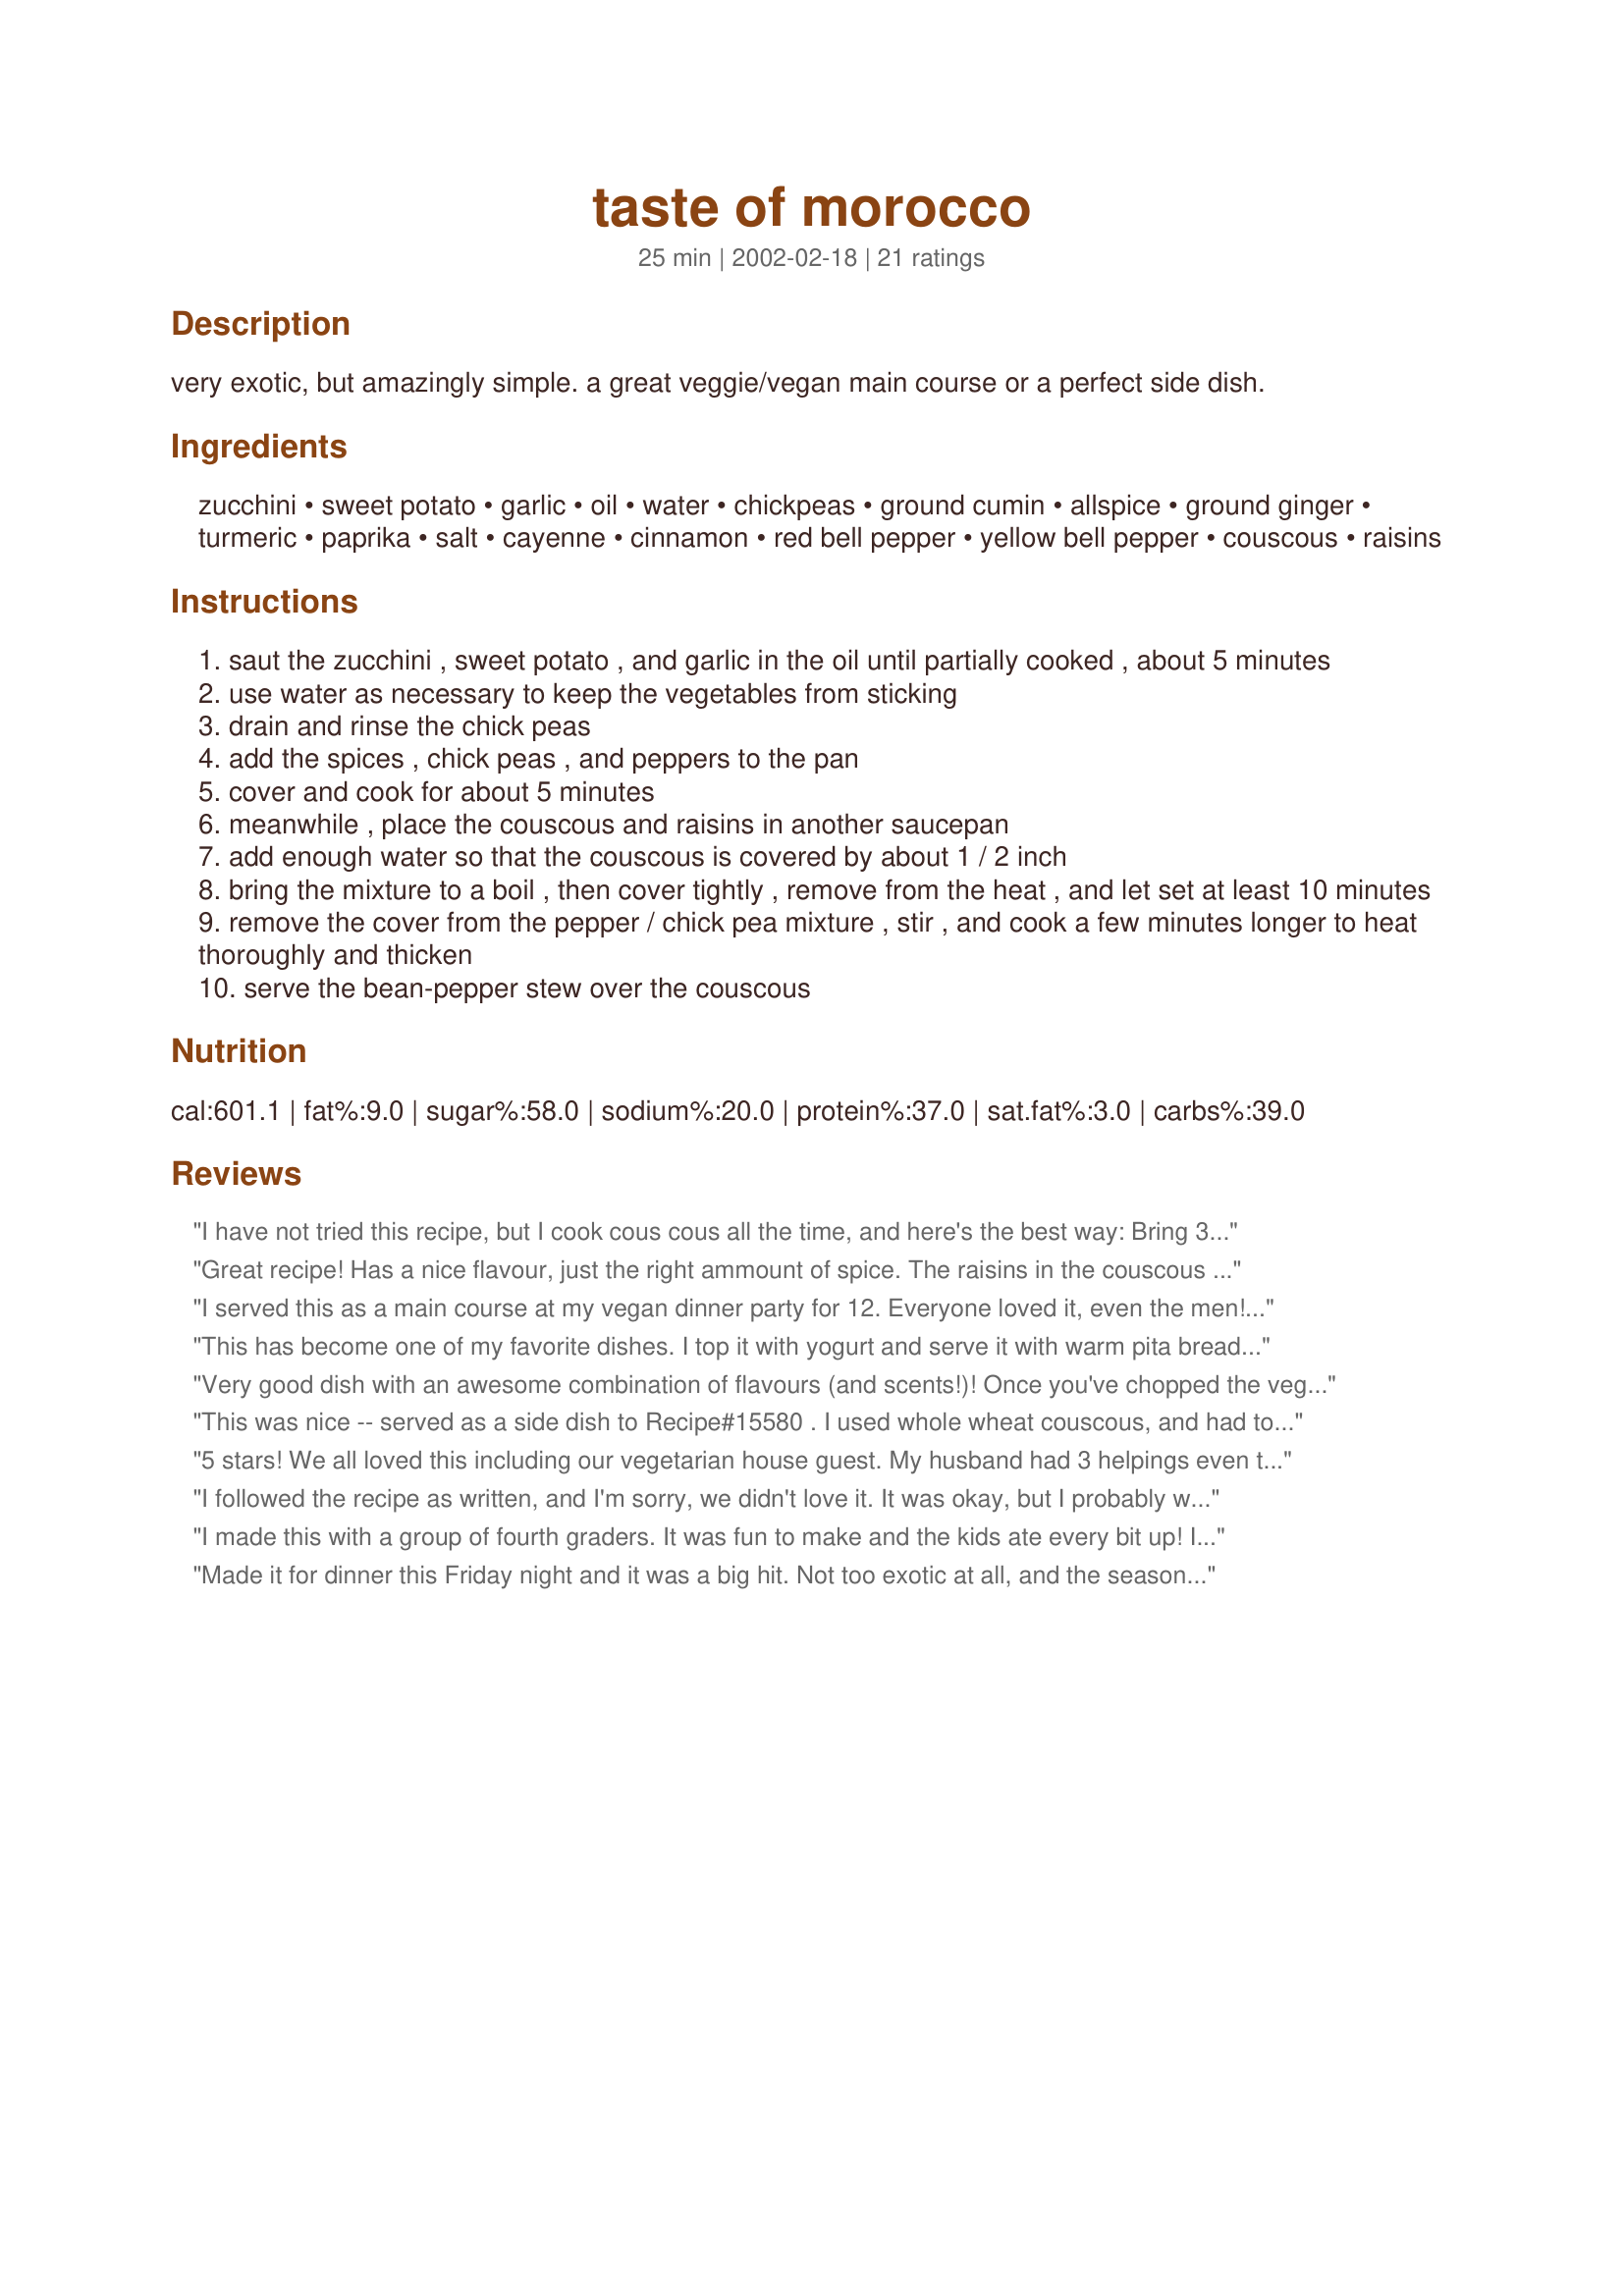
taste of morocco
Preparation time: 25 minutes

very exotic, but amazingly simple. a great veggie/vegan main course or a perfect side dish.

Ingredients:
zucchini, sweet potato, garlic, oil, water, chickpeas, ground cumin, allspice, ground ginger, turmeric, paprika, salt, cayenne, cinnamon, red bell pepper, yellow bell pepper, couscous, raisins

Steps:
saut the zucchini , sweet potato , and garlic in the oil until partially cooked , about 5 minutes
use water as necessary to keep the vegetables from sticking
drain and rinse the chick peas
add the spices , chick peas , and peppers to the pan
cover and cook for about 5 minutes
meanwhile , place the couscous and raisins in another saucepan
add enough water so that the couscous is covered by about 1 / 2 inch
bring the mixture to a boil , then cover tightly , remove from the heat , and let set at least 10 minutes
remove the cover from the pepper / chick pea mixture , stir , and cook a few minutes longer to heat thoroughly and thicken
serve the bean-pepper stew over the couscous

Reviews:
I have not tried this recipe, but I cook cous cous all the time, and here's the best way: Bring 3 cups of water, 2 Tsp oil and 1 tsp salt to a full boil. Add 2 cups cous cous, cover pot and turn off the heat. Let stand for at least 10 mins.
Great recipe! Has a nice flavour, just the right ammount of spice. The raisins in the couscous is a fabulous addition. I used whole wheat couscous, and left out the zucchini because I didn't have any in the house and I think I liked it better that way. I will definately make this again! Thanks for posting Mirj.
I served this as a main course at my vegan dinner party for 12. Everyone loved it, even the men! (And even me, who doesnt like sweet potatoes!) It gives off a wonderful aroma of spices that fill the house while it is cooking. One of my guests has traveled a lot with the Peace Corps, and she commented that this was exactly like a homemade dish she was served very often while she was overseas. Just be careful not to burn the couscous when updating the recipe to 12 -- use a BIG pot! :)
This has become one of my favorite dishes. I top it with yogurt and serve it with warm pita bread, and it is sooo good. Thanks Mirj!
Very good dish with an awesome combination of flavours (and scents!)! Once you've chopped the veggies, it's also a breeze to make! I used only 1 ts of oil for the cooking and it worked fine - I didn't even need to add any water. I cooked the couscous Ant's way and it turned out perfect! Definitely add the raisins: I'm not *that* fond of raisins myself but they go really well with the other flavours of this dish. Next time I'll be a bit heavy-handed with the spices: DH and I like it very spicy and this was more of the subtler sort! :-)
This was nice -- served as a side dish to Recipe#15580 . I used whole wheat couscous, and had to substitute yellow squash for the zucchini. I also used a bit of cooking spray instead of the tablespoon of oil. The raisins in the couscous were a nice touch. Thanks for sharing.
5 stars! We all loved this including our vegetarian house guest. My husband had 3 helpings even though he complained about eating vegetarian before the meal. The raisins are a perfect addition to the couscous.
I followed the recipe as written, and I'm sorry, we didn't love it. It was okay, but I probably won't make it again... except maybe for my 1.5 yr old -- she loved it!
I made this with a group of fourth graders. It was fun to make and the kids ate every bit up! If it can please this picky group, it is great for everyone. It is really pretty served on a platter.
Made it for dinner this Friday night and it was a big hit. Not too exotic at all, and the seasonings were just right. (Ok, I admit that I skipped the cinnamon because one of my kids has a fit if he tastes cinnamon in anything but dessert, but for me, changing only one ingredient is as close to full compliance as I can get.) It was very easy to make, and went with all sorts of other dishes that I served. I'll need to make this one again. Thanks, Mirj!
This was a great recipe! I was a little scared halfway through, but it turned out wonderful. I served it over Near East brand garlic and olive oil cous cous. Don't leave out the raisins, they make all the difference. I also served Recipe #263342 with it (Marinated Grilled Chicken, Wedding Chicken). Thanks so much for sharing, I will definetely make this again!
Well....I didn't love this the way I made it (of course I didn't make it as prescribed, so there you go!). The only thing I changed really is that I used rice instead of couscous. I added the raisins to the chickpea mixture instead of the rice. I would eat it again for sure, but I don't know that I would make it again.
Really love this recipe. Very tasty and reallly healthy. Also freezes well. Have made it several times, and will def make it again. Thanks!
Delicious! Served it over rice instead of couscous, otherwise I didn't change anything. Thanks so much.
Wonderful dish. Thank you so much for sharing.
I've loved this recipe for years! Quinoa is a great sub for the couscous since I've gone wheat-free. Love the raisins with it, gives that extra punch. I think I usually almost double the spices because it always ends up making more. I go easy on the cayenne, just a couple shakes are fine unless you really want the spiciness! Ground lamb is a great addition if you want to add meat. I would brown that first and set aside. Def have everything chopped and ready to go before you start cooking as has been mentioned. Great recipe and good way to eat those veggies!
This was quite good and good for you too. Made this in my quest to go from vegetarian to vegan. Instead of raisins (which I don&#039;t really like) I used dried cranberries, which I happened to have leftover from Thanksgiving. My veggies didn&#039;t stick but I used the water anyway. Instead of couscous I served over some noodles. I think I would add less cayenne next time, though I might have accidentally used a half teaspoon instead of 1/4 teaspoon. Oops! Satisfying vegan recipe! Let me add the stars to this review ...
I made this tonight, and will make sure to cute the vegetables before I cook so that I can add them in quickly. That way, the sweet potato might hold together better, rather than cooking down to mush. I made the couscous by boiling the water in a kettle and then pouring it over the couscous and raisins, leaving them to sit for 10 minutes. Still really good and will make again.
Thanks for this wonderful vegetarian recipe. I'm not a vegetarian myself, but quite a few people I attend church with are. Every other Sunday, we have a potluck dinner after service. I just recently started visiting this church and wanted my first potluck contribution to be delicious and kind to the palettes of my new friends. Let's just say that your recipe has helped me achieve quite a bit of popularity. It was so highly praised that one of my new friends insisted that I bring it as a potluck dish everytime. Taste of Morocco may become my signature potluck dish. Thanks again. Oh yea, before I forget. I second the comment about the couscous. I was cooking for about 15 people and almost burnt my couscous twice. After my second attempt at making the couscous, I threw in more raisins and some other dried fruits. The sweetness of the fruits disguised the "smokey" flavor very nicely. I think next time I make the stew at home that I might add some grilled chicken.
Fantastic what a great vege dish!! I ate mine over steamed rice served along side a grilled chicken breast. I added about 3/4 cup of water to make it a little "juicy" but otherwise made as directed. A perfect blend of flavours, thanks for sharing.
This was excellent and SO easy. I always shudder a bit when I have a veggie over for dinner, but this was perfect. Remarkably folks couldn't put their finger on the sweet potatoes, but they make the dish. My only regret is that I tried to have the couscous made in advance and just reheat and fluff at serving time (the rest held up just fine this way). I think I could have pulled it off if I had some vegetable broth, but I thought the couscous suffered a bit and was dry. Sort of dumb of me to do this because couscous is so quick and easy to cook, but my guests were late so I just got ahead of myself. Will make again.
